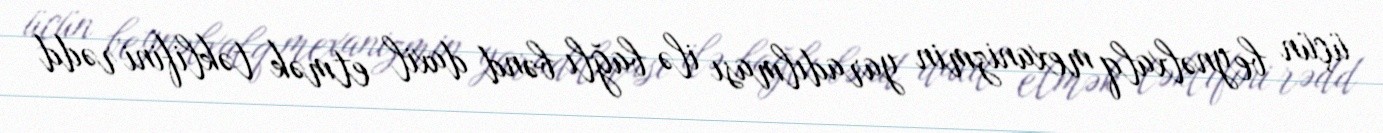
üçün beynəlxalq mexanizmin yaradılması ilə bağlı bənd daxil etmək təklifini rədd